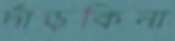
দাঁড়কিনা